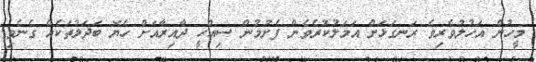
މީހުން އަހުލުވެރިވެ ރަނގަޅަށް އަމަލުކުރެވެން ފެށުމުން ސިއްހީ ދާއިރާއަށް ހެޔޮ ބަދަލުތަކެއް ގެނެވި